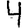
Digit: 4